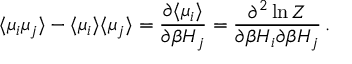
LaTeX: \langle \mu _ { i } \mu _ { j } \rangle - \langle \mu _ { i } \rangle \langle \mu _ { j } \rangle = \frac { \partial \langle \mu _ { i } \rangle } { \partial \beta H _ { j } } = \frac { \partial ^ { 2 } \ln Z } { \partial \beta H _ { i } \partial \beta H _ { j } } \, .